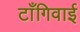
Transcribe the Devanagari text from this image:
टाँगिवाई